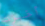
أخبرت